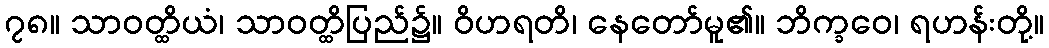
၇၈။ သာဝတ္ထိယံ၊ သာဝတ္ထိပြည်၌။ ဝိဟရတိ၊ နေတော်မူ၏။ ဘိက္ခဝေ၊ ရဟန်းတို့။